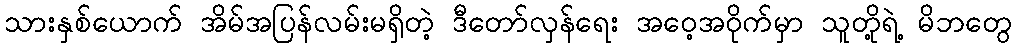
သားနှစ်ယောက် အိမ်အပြန်လမ်းမရှိတဲ့ ဒီတော်လှန်ရေး အဝေ့အဝိုက်မှာ သူတို့ရဲ့ မိဘတွေ